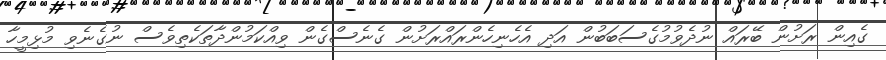
ގެއިން ރަށުން ބޭރައް ނުދެވުމުގެސަބަބުން އަދި އެހެނިހެންރައްރަށުން ގެނެސްގެން ވިއްކަމުންދާތަކެތިވެސް ނުގެނެވި މުޅިމީހާ